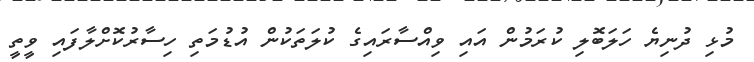
މުޅި ދުނިޔެ ހަލަބޮލި ކުރަމުން އައި ވިއްސާރައިގެ ކުލަތަކުން އުޑުމަތި ހިސާރުކޮށްލާފައި ވީތީ